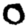
Digit: 0